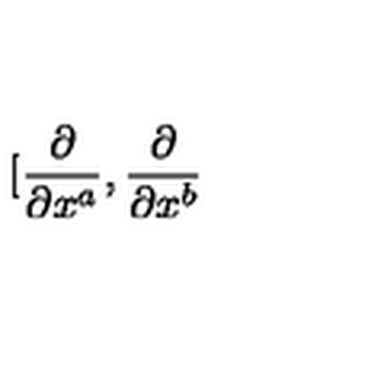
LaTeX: \lbrack \frac { \partial } { \partial x ^ { a } } , \frac { \partial } { \partial x ^ { b } }